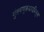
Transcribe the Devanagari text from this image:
गुंतवणूकदाराभिमुख